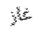
غاز